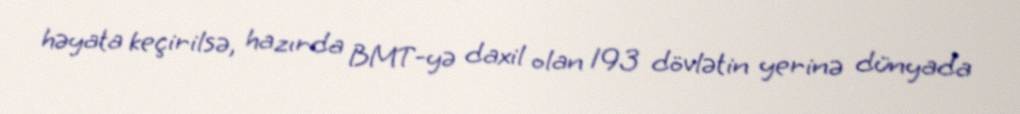
həyata keçirilsə, hazırda BMT-yə daxil olan 193 dövlətin yerinə dünyada